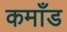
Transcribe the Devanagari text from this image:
कमाँड